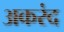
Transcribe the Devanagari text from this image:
अकरंद